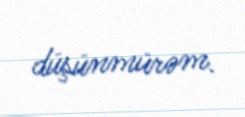
düşünmürəm.